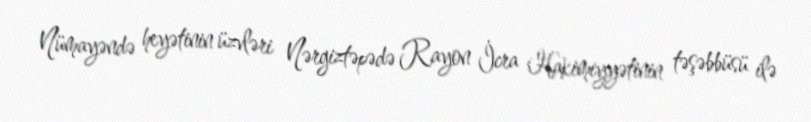
Nümayəndə heyətinin üzvləri Nərgiztəpədə Rayon İcra Hakimiyyətinin təşəbbüsü ilə